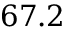
6 7 . 2